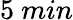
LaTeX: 5~min